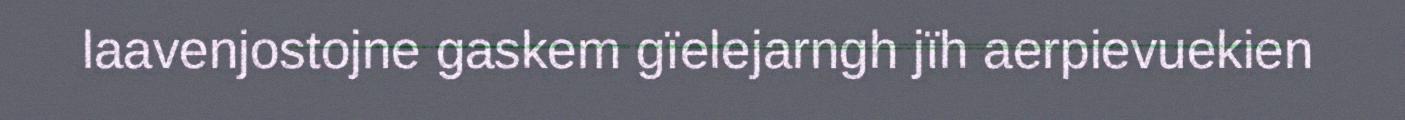
laavenjostojne gaskem gïelejarngh jïh aerpievuekien